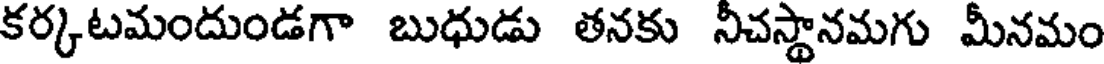
కర్కటమందుండగా బుధుడు తనకు నీచస్థానమగు మీనమం